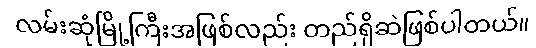
လမ်းဆုံမြို့ကြီးအဖြစ်လည်း တည်ရှိဆဲဖြစ်ပါတယ်။